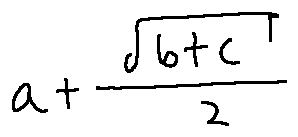
a + \frac { \sqrt { b + c } } { 2 }